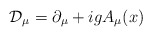
\begin{align*}{\cal D}_{\mu} = \partial_{\mu} + i g A_{\mu}(x)\end{align*}